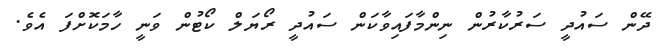
ދޭން ސައުދީ ސަރުކާރުން ނިންމާފައިވާކަން ސައުދީ ރޯޔަލް ކޯޓުން ވަނީ ހާމަކޮށްފަ އެވެ.